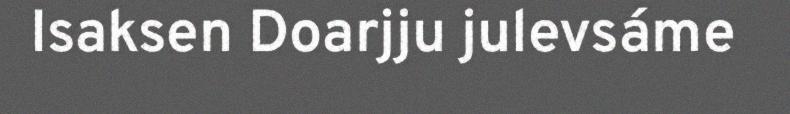
Isaksen Doarjju julevsáme